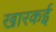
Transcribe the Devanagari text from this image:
खारकई